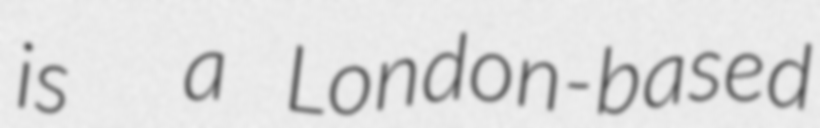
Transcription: is  a London-based